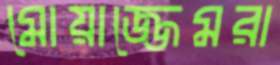
মোয়াজ্জেমরা